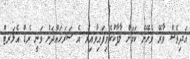
އަދިވެސް ވާރޭ ވެހޭނެ ކަމަށް ލާފާކުރެވިފައިވާއިރު އެ ސަރަހައްދަށް ވަނީ ރެޑް އެލަރޓް